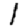
Digit: 1